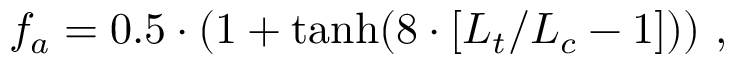
f _ { a } = 0 . 5 \cdot ( 1 + \operatorname { t a n h } ( 8 \cdot [ L _ { t } / L _ { c } - 1 ] ) ) \mathrm { ~ , ~ }